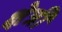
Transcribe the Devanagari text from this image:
क्षेत्रीं